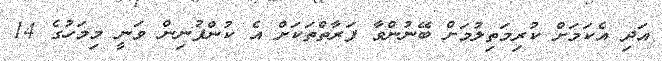
އަދި އެކަމަށް ކުރިމަތިލުމަށް ބޭނުންވާ ފަރާތްތަކަށް އެ ކުންފުނިން ވަނީ މިމަހުގެ 14